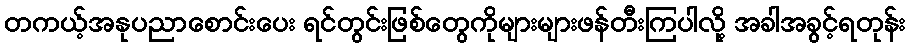
တကယ့်အနုပညာစောင်းပေး ရင်တွင်းဖြစ်တွေကိုများများဖန်တီးကြပါလို့ အခါအခွင့်ရတုန်း